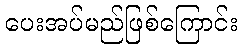
ပေးအပ်မည်ဖြစ်ကြောင်း